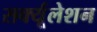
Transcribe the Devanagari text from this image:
सर्क्यूलेशन